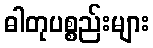
ဓါတုပစ္စည်းများ